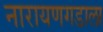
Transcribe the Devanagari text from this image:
नारायणगडाला